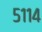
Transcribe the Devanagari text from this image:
५११४